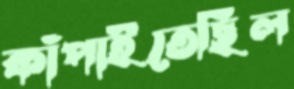
কাঁপাইতেছিল